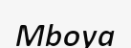
Mboya